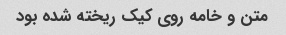
متن و خامه روی کیک ریخته شده بود